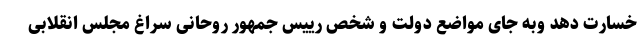
خسارت دهد وبه جای مواضع دولت و شخص رییس جمهور روحانی سراغ مجلس انقلابی